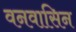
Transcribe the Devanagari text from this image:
वनवासिन